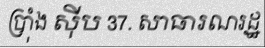
ប្រ៉ាំង ស៊ីប 37. សាធារណរដ្ឋ